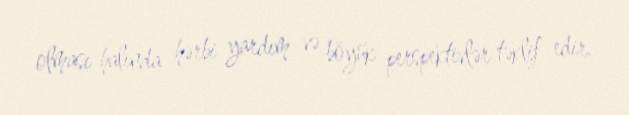
olması halında hərbi yardım və böyük perspektivlər təklif edir.